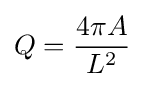
Q={\frac {4\pi A}{L^{2}}}